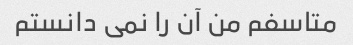
متاسفم من آن را نمی دانستم